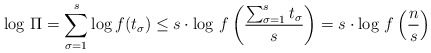
\begin{align*}\log\, \Pi = \sum_{\sigma = 1}^{s} \log f(t_{\sigma}) \leq s \cdot \log\, f\left(\frac{\sum_{\sigma = 1}^{s}t_{\sigma}}{s}\right) = s \cdot \log\, f\left(\frac{n}{s}\right)\end{align*}